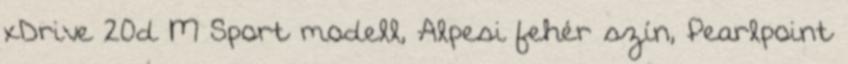
xDrive 20d M Sport modell, Alpesi fehér szín, Pearlpoint